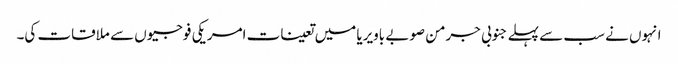
انہوں نے سب سے پہلے جنوبی جرمن صوبے باویریا میں تعینات امریکی فوجیوں سے ملاقات کی۔